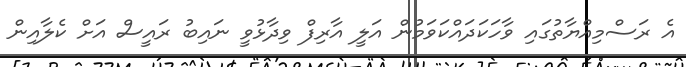
އެ ރަސްމިއްޔާތުގައި ވާހަކަދައްކަވަމުން އަލީ އާރިފް ވިދާޅުވީ ނައިބު ރައީސް އަށް ކެލާއިން